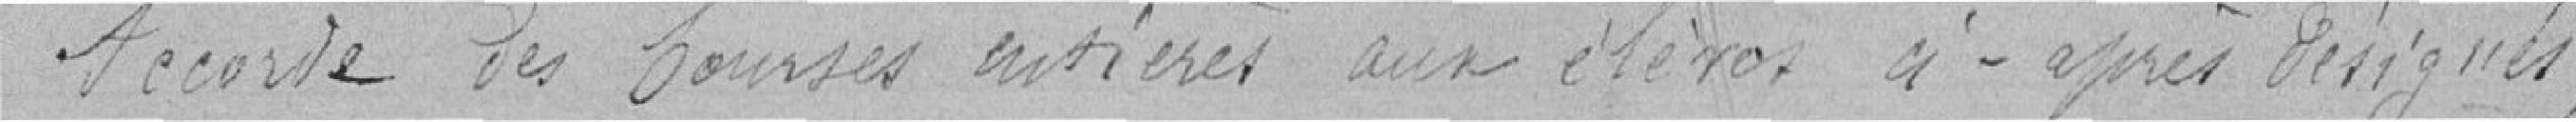
Accorde des bourses entières aux élèves ci-après désignés